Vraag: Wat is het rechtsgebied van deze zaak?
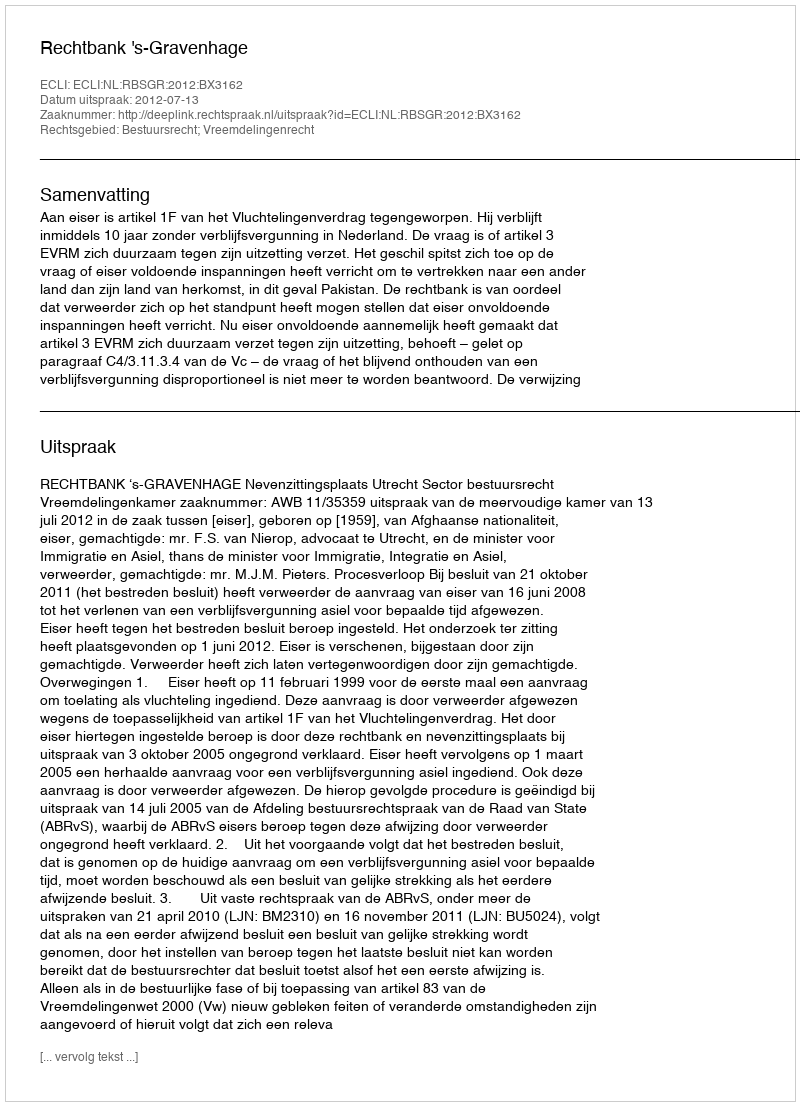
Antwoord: Bestuursrecht; Vreemdelingenrecht